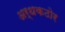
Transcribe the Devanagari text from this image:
अर्धकठोर